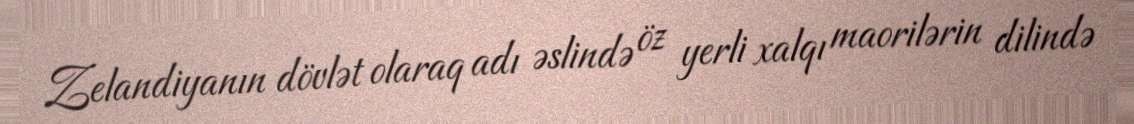
Zelandiyanın dövlət olaraq adı əslində öz yerli xalqı maorilərin dilində